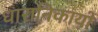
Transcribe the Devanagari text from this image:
धारानिकायों